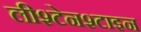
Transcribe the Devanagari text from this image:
लीश्टेनश्टाइन